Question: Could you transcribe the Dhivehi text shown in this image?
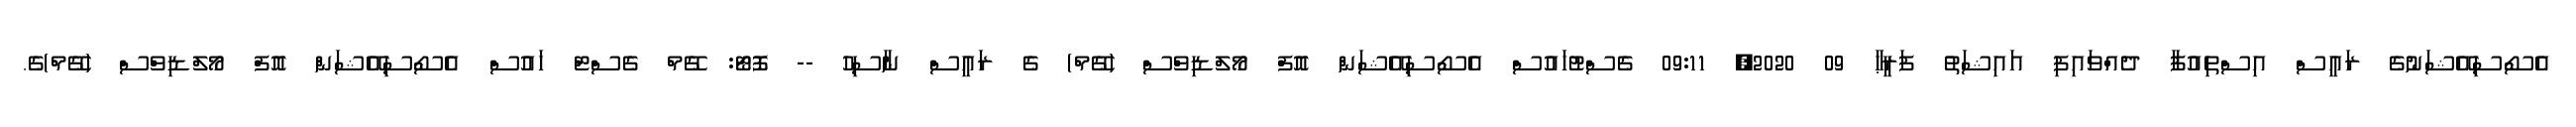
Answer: އެސޯސިއޭޝަނުގެ ރައީސް އިސްތިއުފާ ދެއްވައިފި އައިޝަތު ފަރީޙާ 09 2020, 09:11 ގެސްޓުހައުސް އެސޯސިއޭޝަން އޮފް މޯލްޑިވްސް (ގޭމް) ގެ ރައީސް ނާސިހު -- ފޮޓޯ: ގޭމް ގެސްޓް ހައުސް އެސޯސިއޭޝަން އޮފް މޯލްޑިވްސް (ގޭމް)ގެ.